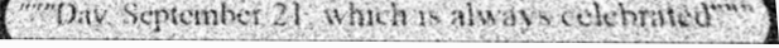
"""Day, September 21, which is always celebrated"""